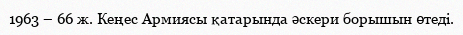
1963 – 66 ж. Кеңес Армиясы қатарында әскери борышын өтеді.